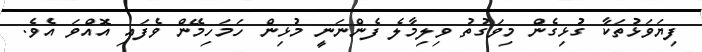
ފިޔަވަޅުތަކާ ގުޅިގެން މިވަގުތު ވިލިމާލެ ފެންނަނީ މުޅިން ހަމަހިމޭން ވެފައި އޮއްވަ އެވެ.